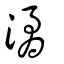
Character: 潏